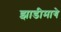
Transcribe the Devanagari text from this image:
झाडीमागे